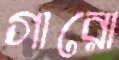
গারো